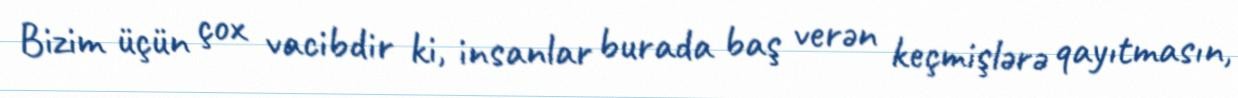
Bizim üçün çox vacibdir ki, insanlar burada baş verən keçmişlərə qayıtmasın,